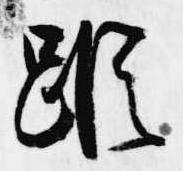
縦